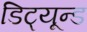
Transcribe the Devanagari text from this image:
डिट्यून्ड